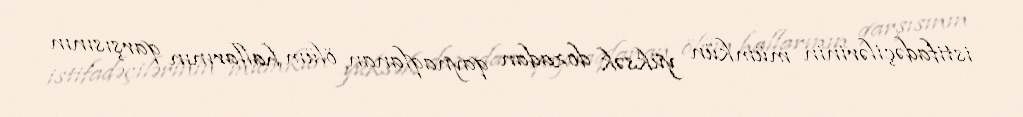
istifadəçilərinin mümkün yüksək dozadan qaynaqlanan ölüm hallarının qarşısının